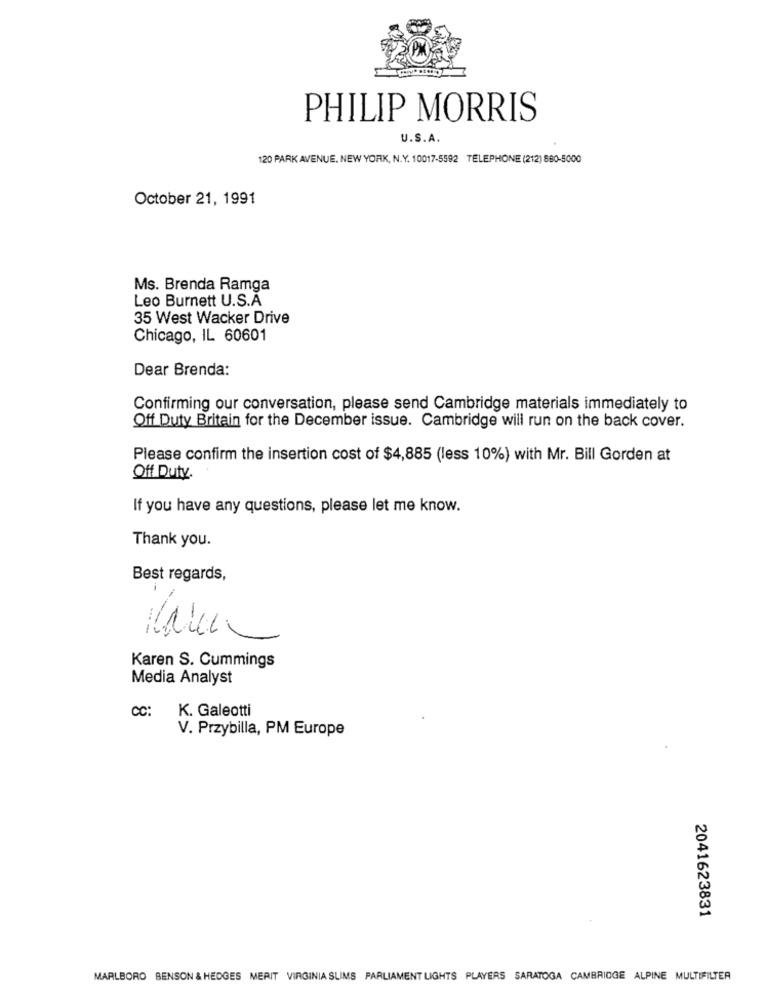
PHILIP MORRIS
U.S.A.
120 PARK AVENUE, NEW YORK, N.Y. 10017-5592 TELEPHONE (212) 880-5000
October 21, 1991
Ms. Brenda Ramga
Leo Burnett U.S.A
35 West Wacker Drive
Chicago, IL 60601
Dear Brenda:
Confirming our conversation, please send Cambridge materials immediately to
Off Duty Britain for the December issue. Cambridge will run on the back cover.
Please confirm the insertion cost of $4,885 (less 10%) with Mr. Bill Gorden at
Off Duty.
If you have any questions, please let me know.
Thank you.
Best regards,
Karen S. Cummings
Media Analyst
CC:
K. Galeotti
V. Przybilla, PM Europe
2041623831
MARLBORO BENSON & HEDGES MERIT VIRGINIA SLIMS PARLIAMENT LIGHTS PLAYERS SARATOGA CAMBRIDGE ALPINE MULTIFILTER